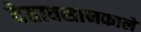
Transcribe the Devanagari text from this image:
देहावसानकाले